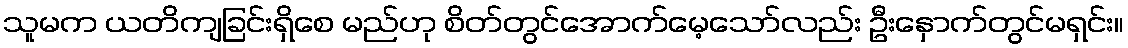
သူမက ယတိကျခြင်းရှိစေ မည်ဟု စိတ်တွင်အောက်မေ့သော်လည်း ဦးနှောက်တွင်မရှင်း။